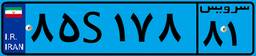
۹۸S۵۷۰۰۵